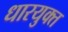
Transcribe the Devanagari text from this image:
धारयुक्त